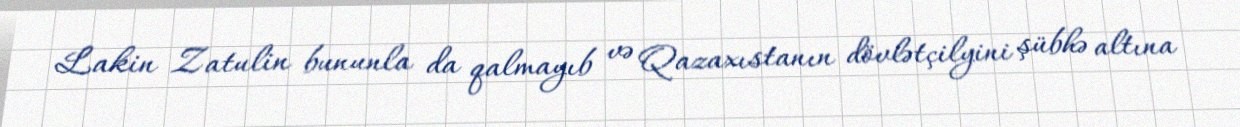
Lakin Zatulin bununla da qalmayıb və Qazaxıstanın dövlətçilyini şübhə altına